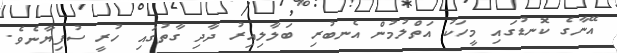
އޭނާގެ ކޮނޑުގައި މީހަކު އަތްލުމުން އެނބުރި ބަލާލިއިރު ދާދި ގާތުގައި ހުރީ ސުފިޔާނެވެ.